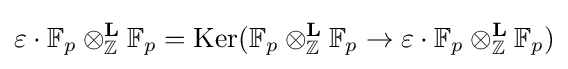
\varepsilon \cdot \mathbb {F} _{p}\otimes _{\mathbb {Z} }^{\mathbf {L} }\mathbb {F} _{p}={\text{Ker}}({\displaystyle \mathbb {F} _{p}\otimes _{\mathbb {Z} }^{\mathbf {L} }\mathbb {F} _{p}}\to {\displaystyle \varepsilon \cdot \mathbb {F} _{p}\otimes _{\mathbb {Z} }^{\mathbf {L} }\mathbb {F} _{p}})